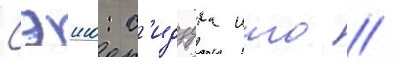
Сэию: с'идзука ито //